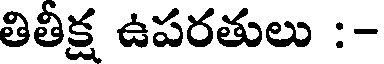
తితీక్ష ఉపరతులు :-